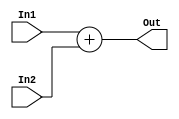
`timescale 1ns / 1ps

module Adder (input In1, In2,
              output reg Out);
               
    always @ (*) begin
        Out = In1 + In2;
    end              
               
endmodule